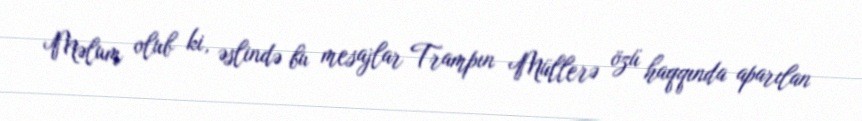
Məlum olub ki, əslində bu mesajlar Trampın Müllerə özü haqqında aparılan